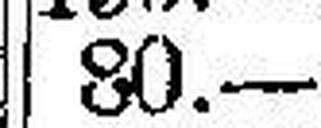
80.—